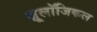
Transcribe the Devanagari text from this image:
ज़ू्लॉजिकल